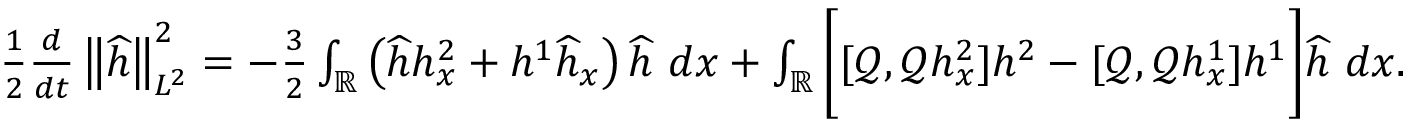
\begin{array} { r } { \frac { 1 } { 2 } \frac { d } { d t } \left\| \widehat { h } \right\| _ { L ^ { 2 } } ^ { 2 } = - \frac { 3 } { 2 } \int _ { \mathbb R } \left( \widehat { h } h _ { x } ^ { 2 } + h ^ { 1 } \widehat { h } _ { x } \right) \widehat { h } \ d x + \int _ { \mathbb R } \bigg [ [ \mathscr { Q } , \mathscr { Q } h _ { x } ^ { 2 } ] h ^ { 2 } - [ \mathscr { Q } , \mathscr { Q } h _ { x } ^ { 1 } ] h ^ { 1 } \bigg ] \widehat { h } \ d x . } \end{array}